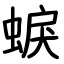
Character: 蜧